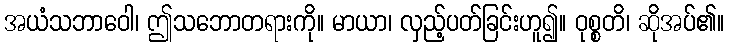
အယံသဘာဝေါ၊ ဤသဘောတရားကို။ မာယာ၊ လှည့်ပတ်ခြင်းဟူ၍။ ဝုစ္စတိ၊ ဆိုအပ်၏။